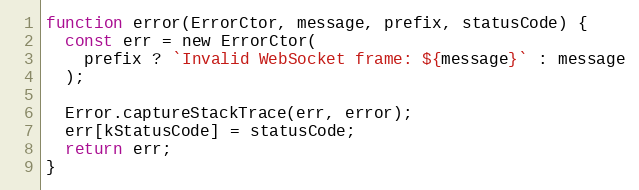
Language: JavaScript
function error(ErrorCtor, message, prefix, statusCode) {
  const err = new ErrorCtor(
    prefix ? `Invalid WebSocket frame: ${message}` : message
  );

  Error.captureStackTrace(err, error);
  err[kStatusCode] = statusCode;
  return err;
}